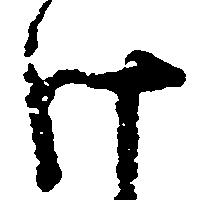
け